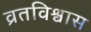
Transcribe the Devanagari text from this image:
व्रतविश्वास